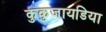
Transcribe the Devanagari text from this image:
कुकुजायडिया